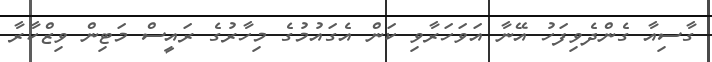
ގާސިއާ ގެންދެވިފަހު އޭނާ އަވަހަރާވި ކަން އެގައުމުގެ މިހާރުގެ ރައީސް މަޓިން ވިޒްކާރާ